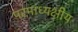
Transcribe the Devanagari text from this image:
परमाध्यक्षीय